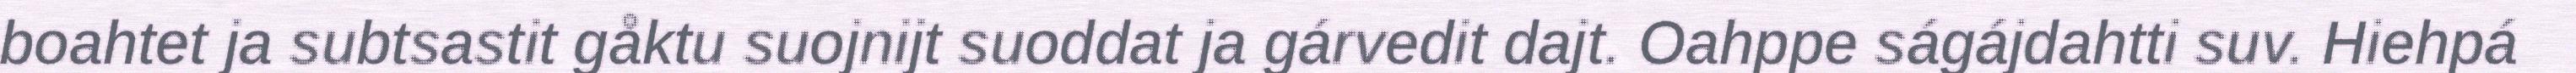
boahtet ja subtsastit gåktu suojnijt suoddat ja gárvedit dajt. Oahppe ságájdahtti suv. Hiehpá